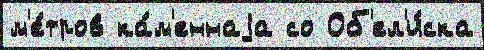
м'е́тров ка́м'еннаjа со Об'ел'и́ска